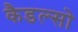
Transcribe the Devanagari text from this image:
कैडल्सो